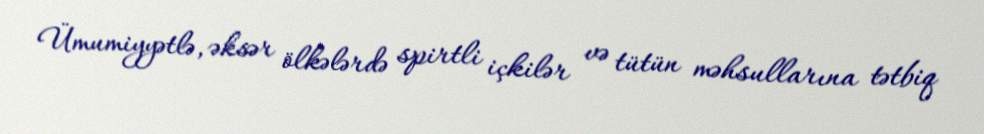
Ümumiyyətlə, əksər ölkələrdə spirtli içkilər və tütün məhsullarına tətbiq